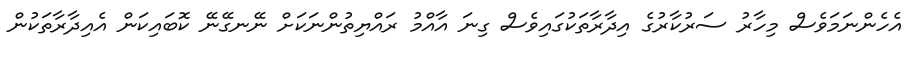
އެހެންނަމަވެސް މިހާރު ސަރުކާރުގެ އިދާރާތަކުގައިވެސް ގިނަ އާއްމު ރައްޔިތުންނަކަށް ނޭނގޭނޭ ކޮބައިކަން އެއިދާރާތަކުން